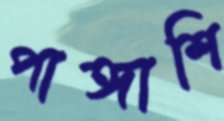
পাঙ্গাশি